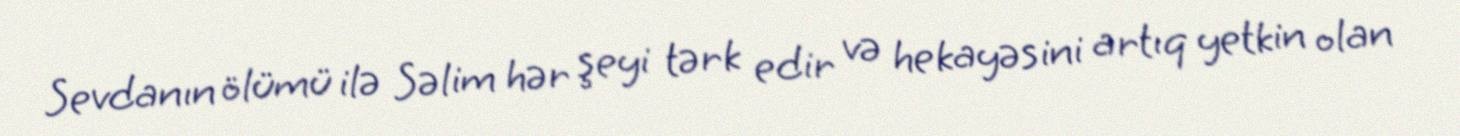
Sevdanın ölümü ilə Səlim hər şeyi tərk edir və hekayəsini artıq yetkin olan